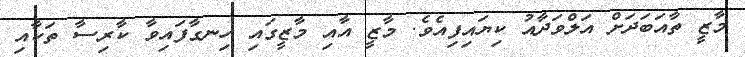
މާޒީ ތާއަބަދަށް އަލްވަދާއު ކިޔައިފިއެވެ. މާޒީ އާއި މާޒީގައި ހިނގާފައިވާ ކާރިސާ ތަކާއި